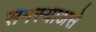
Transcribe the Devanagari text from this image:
समस्याअसे